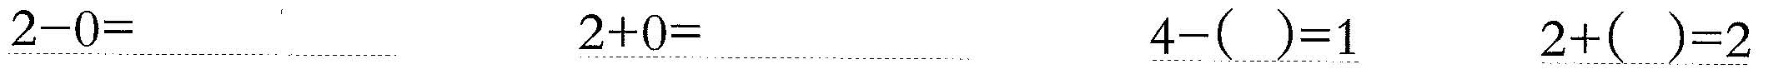
\underline{$$2 - 0 =$$} \underline{$$2 + 0 =$$} \underline{$$4 - ( ) = 1$$} \underline{$$2 + ( ) = 2$$}